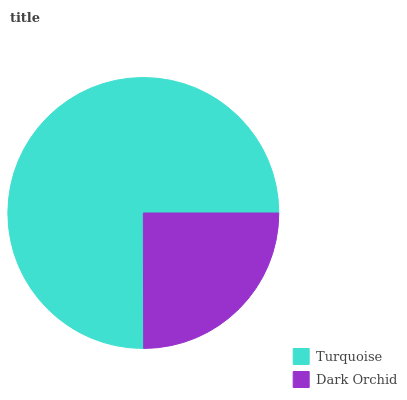
| Turquoise | Dark Orchid |
 | --- | --- |
 | 75% | 25% |